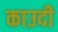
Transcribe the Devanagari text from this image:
काउदी